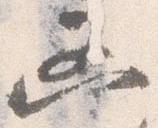
凶